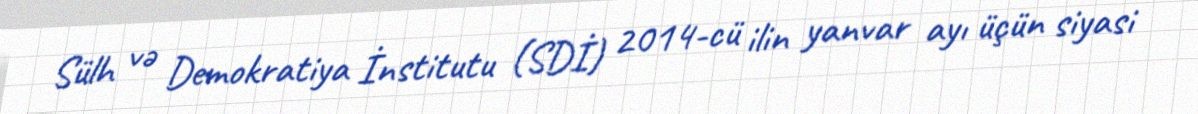
Sülh və Demokratiya İnstitutu (SDİ) 2014-cü ilin yanvar ayı üçün siyasi